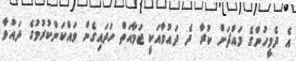
އެ ދެމީހުންގެ މައްޗަށް ކުރާ ދެ ދައުވާއަކީ ޖަމާއަތް ހަދައިގެން ވައްކަންކުރުމުގެ ދައުވާ